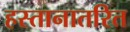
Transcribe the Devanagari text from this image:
हस्तानातरित